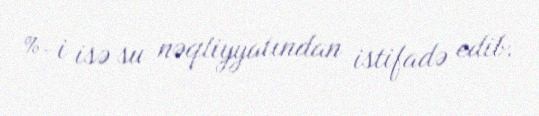
%-i isə su nəqliyyatından istifadə edib.